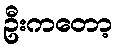
ဦးကတော့